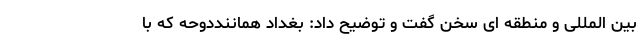
بین المللی و منطقه ای سخن گفت و توضیح داد: بغداد هماننددوحه که با